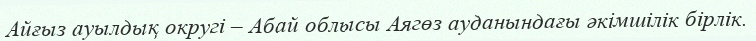
Айғыз ауылдық округі – Абай облысы Аягөз ауданындағы әкімшілік бірлік.